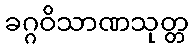
ခဂ္ဂဝိသာဏသုတ္တ